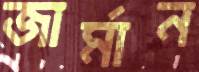
জার্মান